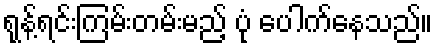
ရုန့်ရင်းကြမ်းတမ်းမည့် ပုံ ပေါက်နေသည်။